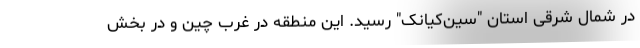
در شمال شرقی استان "سین‌کیانک" رسید. این منطقه در غرب چین و در بخش